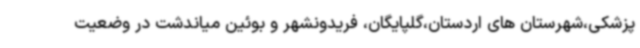
پزشکی،شهرستان های اردستان،گلپایگان، فریدونشهر و بوئین میاندشت در وضعیت